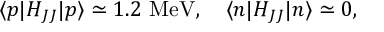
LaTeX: \langle p | H _ { J J } | p \rangle \simeq 1 . 2 \mathrm { ~ M e V } , \quad \langle n | H _ { J J } | n \rangle \simeq 0 ,